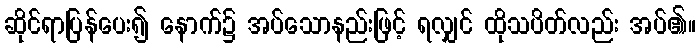
ဆိုင်ရာပြန်ပေး၍ နောက်၌ အပ်သောနည်းဖြင့် ရလျှင် ထိုသပိတ်လည်း အပ်၏။